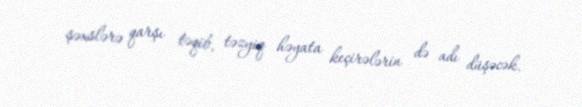
şəxslərə qarşı təqib, təzyiq həyata keçirələrin də adı düşəcək.